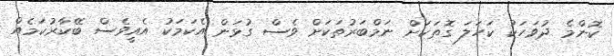
ކޮންމެ ދުވަހަކު ކަހަލަ ގޮތަކަށް ނަމްބަރުތަކަށް ވެސް ގުޅަން އެކަމަކު އެއީވެސް ބޭކާރުކަމެއް